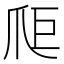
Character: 𤔋